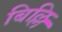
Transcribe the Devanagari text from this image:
बिल्लि